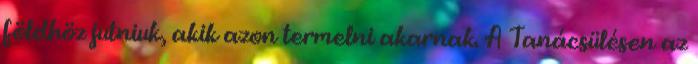
földhöz jutniuk, akik azon termelni akarnak. A Tanácsülésen az